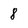
Character: 8